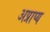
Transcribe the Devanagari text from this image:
अप्राप्‍य